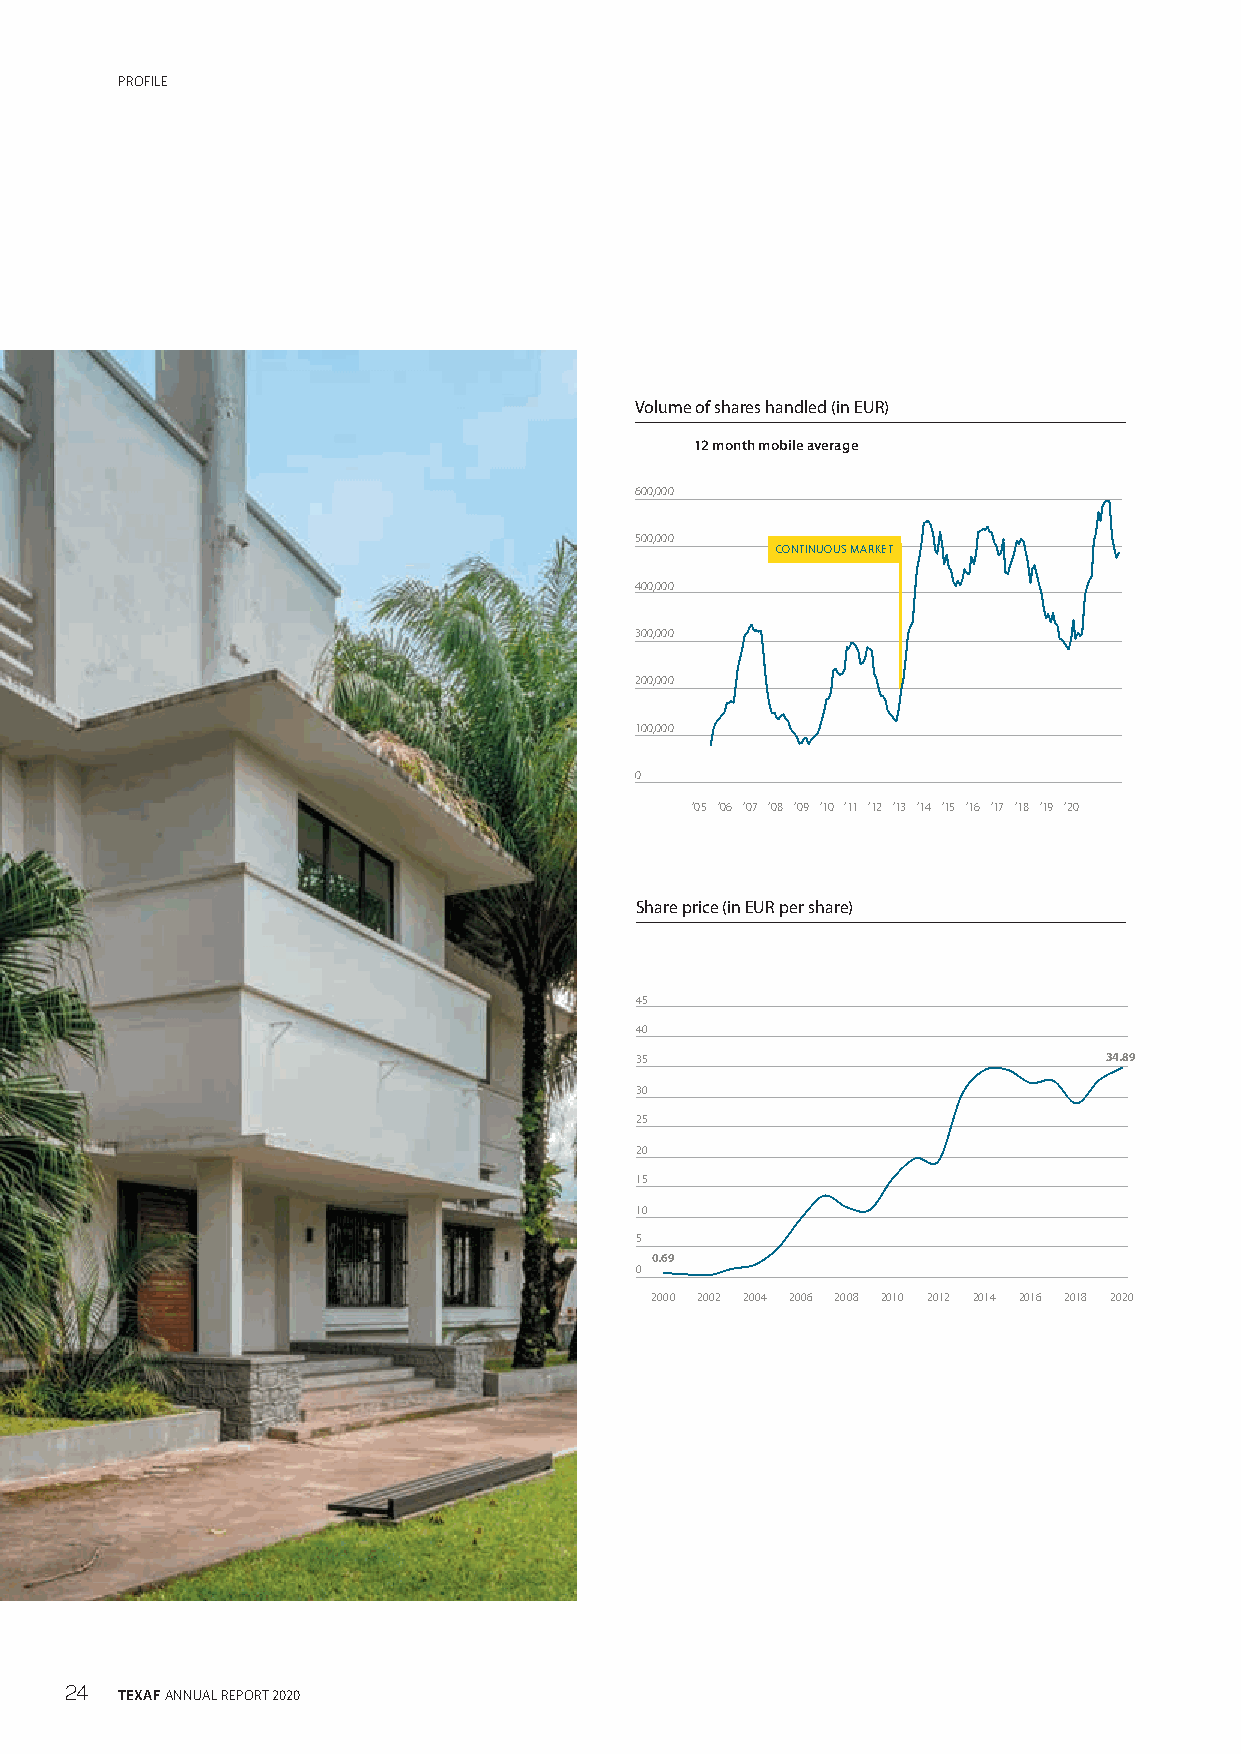
PROFILE
 Volume of shares handled (in EUR)
 12 month mobile average
 600,000
 500,000
 CONTINUOUS MARKET
 400,000
 300,000
 200,000
 100,000
 0
 ‘05 ‘06 ‘07 ‘08 ‘09 ‘10 ‘11 ‘12 ‘13 ‘14 ‘15 ‘16 ‘17 ‘18 ‘19 ‘20
 Share price (in EUR per share)
 45
 40
 35                             34.89
 30
 25
 20
 15
 10
 5
 0.69
 0
 2000 2002 2004 2006 2008 2010 2012 2014 2016 2018 2020
 24  TEXAF ANNUAL REPORT 2020